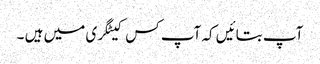
آپ بتائیں کہ آپ کس کیٹگری میں ہیں ۔